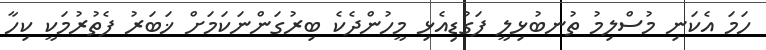
ހަމަ އެކަނި މުސްލިމު ތުނބުޅިލީ ފަގުޑިއެޅި މީހުންދެކެ ބިރުގަންނަކަމަށް ޚަބަރު ފެތުރުމަކީ ކިހާ